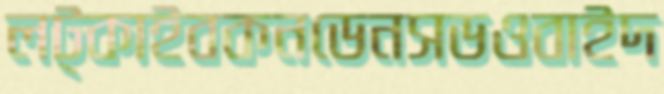
লট্‌কাইবকনডেনসডওবাইদ